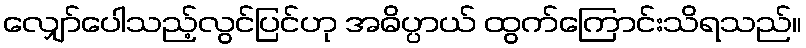
လျှော်ပေါသည့်လွင်ပြင်ဟု အဓိပ္ပာယ် ထွက်ကြောင်းသိရသည်။